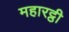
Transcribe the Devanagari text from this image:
महारट्ठी